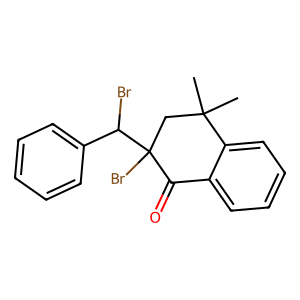
SMILES: CC1(C)CC(Br)(C(Br)c2ccccc2)C(=O)c2ccccc21
Inhibits HIV replication: No